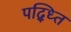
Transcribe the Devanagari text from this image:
पद्ध्ति